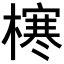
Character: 𪳶